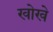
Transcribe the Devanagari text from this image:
खोखे